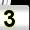
Digit: 3